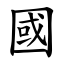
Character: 國